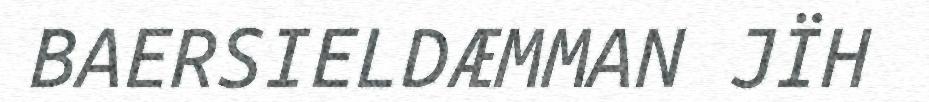
BAERSIELDÆMMAN JÏH